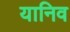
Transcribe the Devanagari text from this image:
यानिव